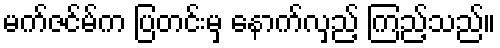
မက်ဇင်မ်က ပြတင်းမှ နောက်လှည့် ကြည့်သည်။